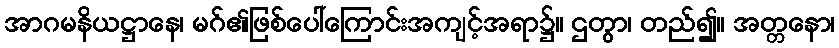
အာဂမနိယဋ္ဌာနေ၊ မဂ်၏ဖြစ်ပေါ်ကြောင်းအကျင့်အရာ၌။ ဌတွာ၊ တည်၍။ အတ္တနော၊